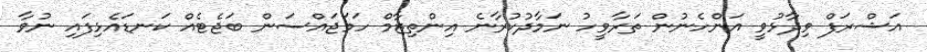
އަޝްރަފް ވިދާޅުވީ އަންހެނުން ތަރާވީހު ނަމާދުކުރާނެ އިންތިޒާމް ހަމަޖައްސަން ބަޖެޓެއް ކަނޑައެޅިފައި ނުވާ